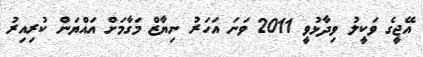
އޭޖީގެ ވަކީލު ވިދާޅުވީ 2011 ވަނަ އަހަރު ނިޔާޒް މަގާމަށް އައްޔަން ކުރިއިރު